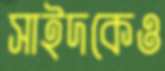
সাইদকেও